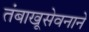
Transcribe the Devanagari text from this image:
तंबाखूसेवनाने